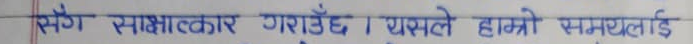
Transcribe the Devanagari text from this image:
सँग साक्षात्कार गराउँछ । यसले हाम्रो समस्यालाई